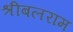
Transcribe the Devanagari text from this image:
श्रीबलराम